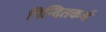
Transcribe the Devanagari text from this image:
निन्दितकर्म